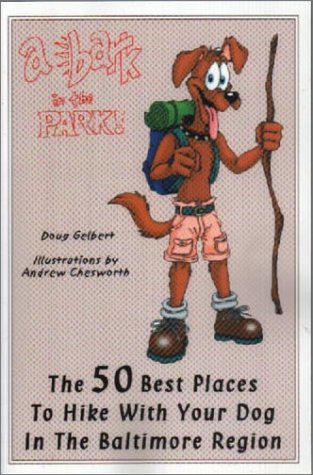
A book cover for A Bark In The Park: The 50 Best Places To Hike With Your Dog In The Baltimore Region; Doug Gelbert; Travel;